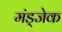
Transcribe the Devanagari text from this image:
मंड्जेक